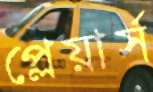
প্লেয়ার্স